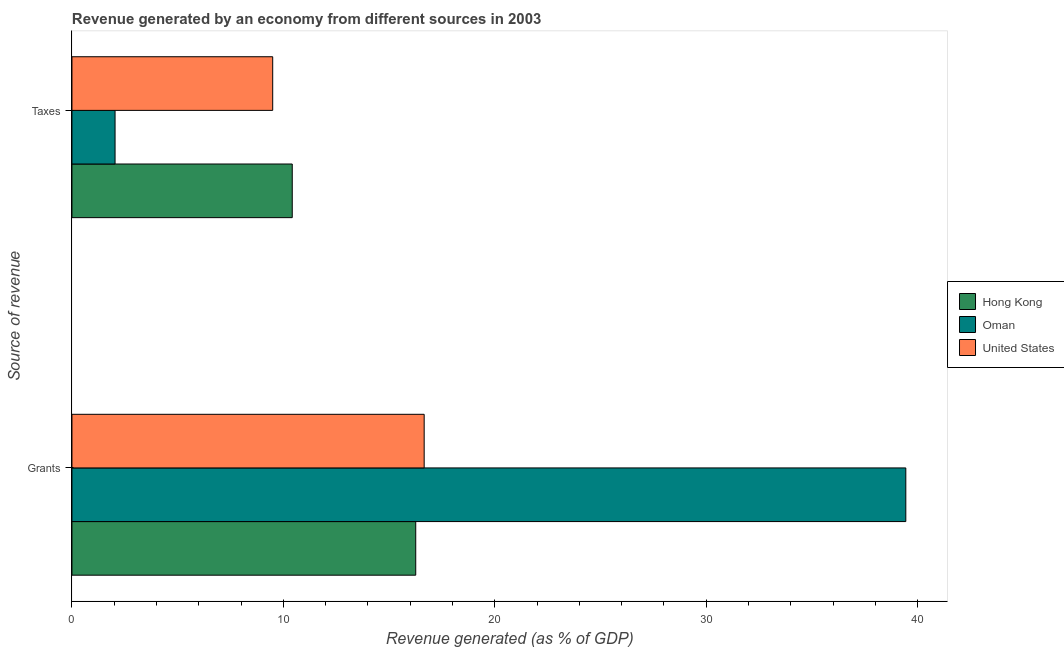
| Source of revenue | Hong Kong | Oman | United States |
 | --- | --- | --- | --- |
 | Grants | 16.3 | 39.4 | 16.7 |
 | Taxes | 10.4 | 2.04 | 9.49 |